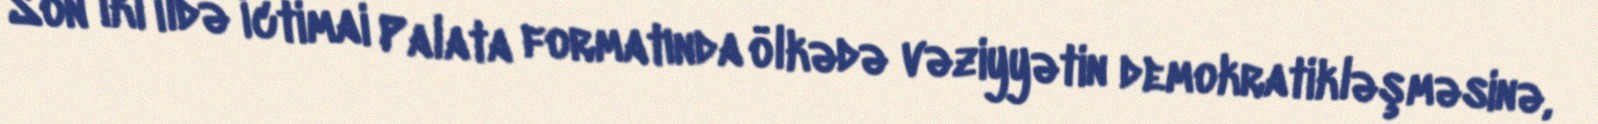
Son iki ildə İctimai Palata formatında ölkədə vəziyyətin demokratikləşməsinə,